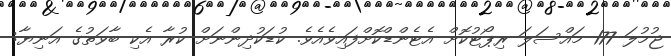
ޖުމުލަ 177 މައްސަލަ ރިޕޯޓުކޮށް އެޓެންޑްކޮށްފައިވެއެވެ. ކުޑަކުދިންނަށް ކުރާ އެކި ބާވަތުގެ އަނިޔާ: